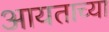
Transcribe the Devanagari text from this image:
आयताच्या